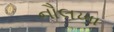
નૌલખા